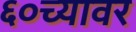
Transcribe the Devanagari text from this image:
६०च्यावर